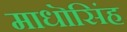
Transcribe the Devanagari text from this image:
माधॊसिंह